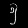
Digit: ၅